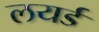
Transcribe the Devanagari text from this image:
लयर्ड